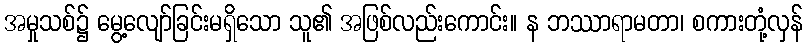
အမှုသစ်၌ မွေ့လျော်ခြင်းမရှိသော သူ၏ အဖြစ်လည်းကောင်း။ န ဘဿာရာမတာ၊ စကားတုံ့လှန်